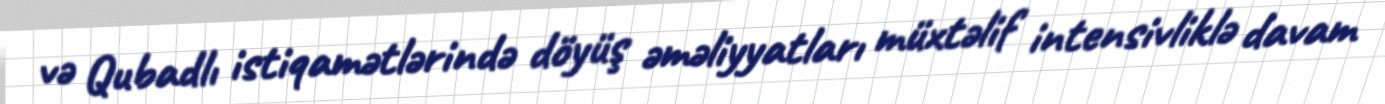
və Qubadlı istiqamətlərində döyüş əməliyyatları müxtəlif intensivliklə davam